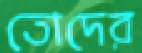
তোদের